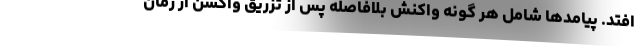
‌افتد. پیامد‌ها شامل هر گونه واکنش بلافاصله پس از تزریق واکسن از زمان